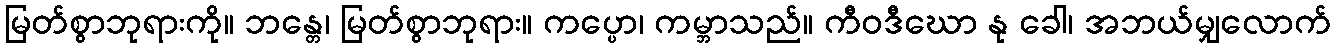
မြတ်စွာဘုရားကို။ ဘန္တေ၊ မြတ်စွာဘုရား။ ကပ္ပော၊ ကမ္ဘာသည်။ ကီဝဒီဃော နု ခေါ၊ အဘယ်မျှလောက်